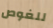
للغوص